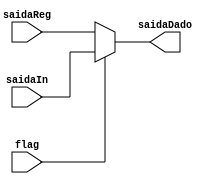
module muxSaida (
flag,
saidaReg,
saidaIn,
saidaDado
);

input [31:0] saidaReg;
input [31:0] saidaIn;
input flag;

output reg [31:0] saidaDado;

always @ (*) begin
	if(flag == 1'b0)
	saidaDado = saidaReg;
	else
	saidaDado = saidaIn;
end



endmodule